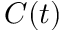
C ( t )